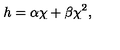
h = \alpha \chi + \beta \chi ^ { 2 } ,